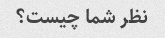
نظر شما چیست؟